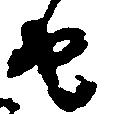
由